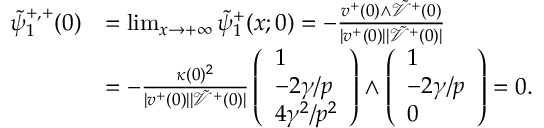
\begin{array} { r l } { \tilde { \psi } _ { 1 } ^ { + , + } ( 0 ) } & { = \operatorname* { l i m } _ { x \to + \infty } \tilde { \psi } _ { 1 } ^ { + } ( x ; 0 ) = - \frac { v ^ { + } ( 0 ) \wedge \tilde { \mathcal { V } } ^ { + } ( 0 ) } { | v ^ { + } ( 0 ) | | \tilde { \mathcal { V } } ^ { + } ( 0 ) | } } \\ & { = - \frac { \kappa ( 0 ) ^ { 2 } } { | v ^ { + } ( 0 ) | | \tilde { \mathcal { V } } ^ { + } ( 0 ) | } \left( \begin{array} { l } { 1 } \\ { - 2 \gamma / p } \\ { 4 \gamma ^ { 2 } / p ^ { 2 } } \end{array} \right) \wedge \left( \begin{array} { l } { 1 } \\ { - 2 \gamma / p } \\ { 0 } \end{array} \right) = 0 . } \end{array}